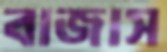
বাজাস